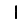
Digit: 1